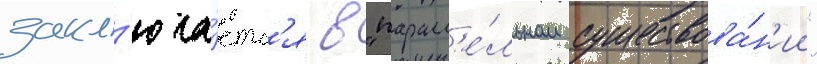
закл'юча́етс'я в "паралл'е́льном существова́н'ии"